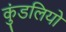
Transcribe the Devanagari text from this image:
कुंडलियो